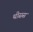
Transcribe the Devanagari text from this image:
थीसस